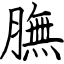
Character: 膴